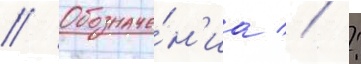
// Обозначе́н'иа // :